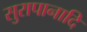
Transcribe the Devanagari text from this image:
सुरापानादि